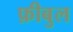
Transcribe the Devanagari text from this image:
फ़ीबुल